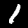
Digit: 1